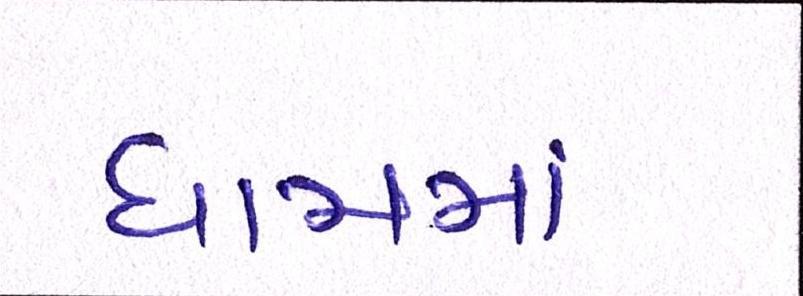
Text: ધામમાં